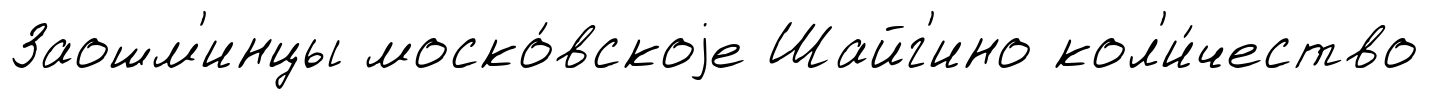
Заошм'инцы моско́вскоjе Шайг'ино кол'и́чество